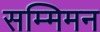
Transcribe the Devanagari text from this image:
सम्मिमन